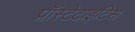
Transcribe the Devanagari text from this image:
प्रॉस्टेटाइटिस